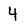
Character: 4